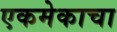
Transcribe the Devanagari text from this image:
एकमेकाचा